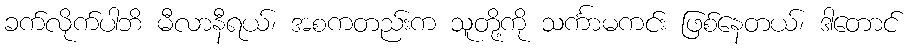
ခက်လိုက်ပါဘိ မီလာနီရယ်၊ အစကတည်းက သူတို့ကို သင်္ကာမကင်း ဖြစ်နေတယ်၊ ဒါတောင်